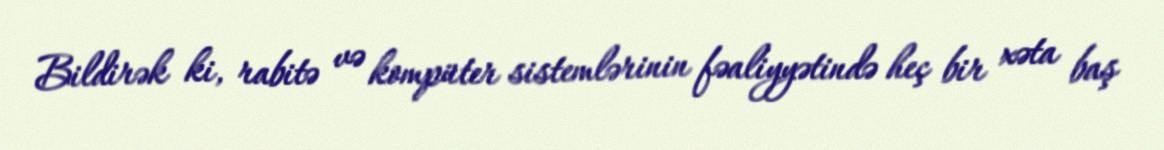
Bildirək ki, rabitə və kompüter sistemlərinin fəaliyyətində heç bir xəta baş